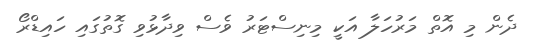
ދެން މި އޮތް މަރުހަލާ އަކީ މިނިސްޓަރު ވެސް ވިދާޅުވި ގޮތުގައި ހައިޑްރޯ